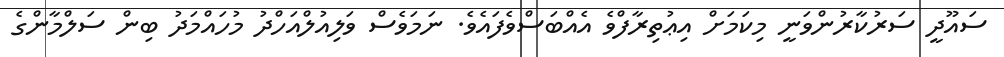
ސައޫދީ ސަރުކާރުންވަނީ މިކަމަށް އިޢުތިރާފްވެ އެއްބަސްވެފައެވެ. ނަމަވެސް ވަލިއުލްއަހްދު މުހައްމަދު ބިން ސަލްމާންގެ